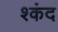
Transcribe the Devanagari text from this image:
श्कंद